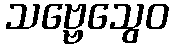
သဗ္ဗေသွေဝ